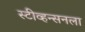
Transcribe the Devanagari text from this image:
स्टीव्हन्सनला